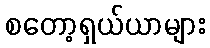
စတော့ရှယ်ယာများ